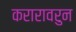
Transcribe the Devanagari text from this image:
करारावरुन